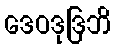
ဒေဝဒုဒြဘိ